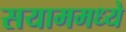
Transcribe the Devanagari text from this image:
सयाममध्ये